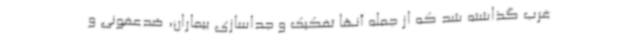
غرب گذاشته شد که از جمله آنها تفکیک و جداسازی بیماران، ضدعفونی و